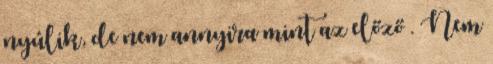
nyúlik, de nem annyira mint az előző . Nem